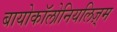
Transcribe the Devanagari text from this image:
बायोकॉलोनियलिज़्म